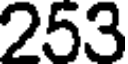
253